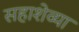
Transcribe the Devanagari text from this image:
सहाशेव्या